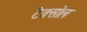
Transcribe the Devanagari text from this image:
टैक्सोल